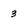
Character: 3